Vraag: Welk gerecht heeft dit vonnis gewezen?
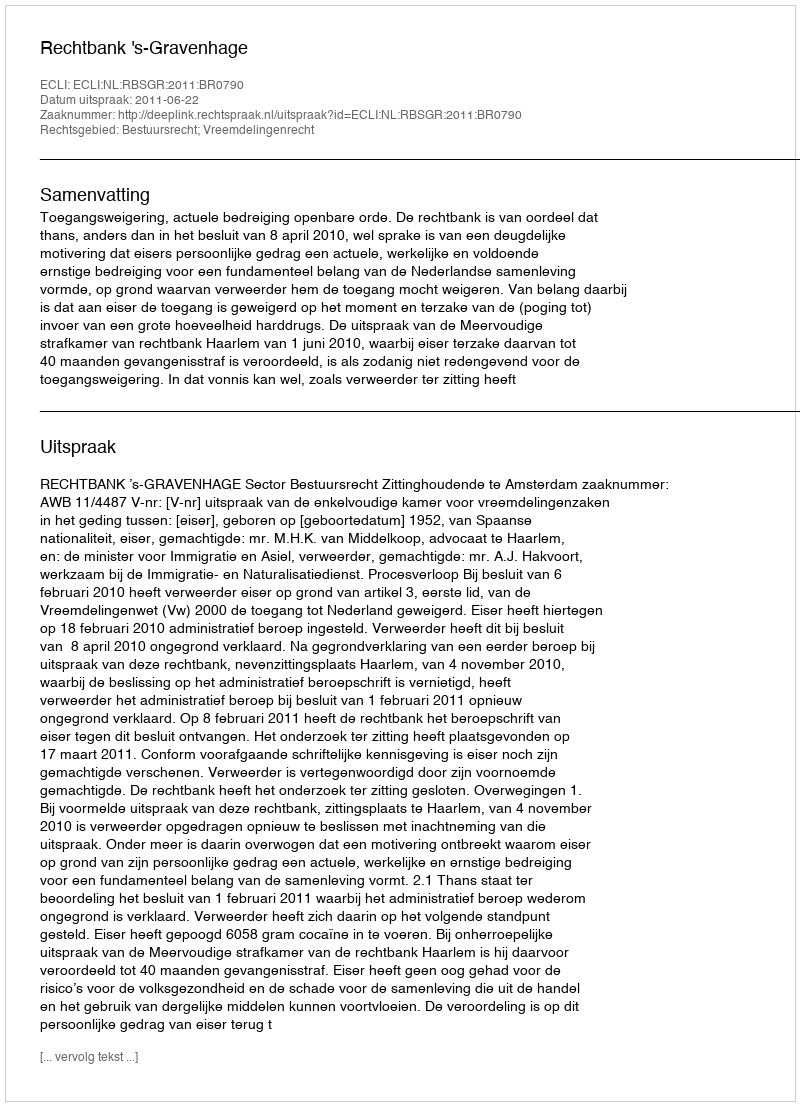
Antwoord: Rechtbank 's-Gravenhage